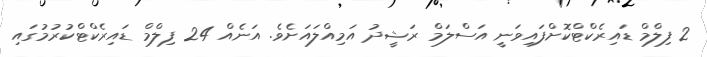
2 ފިލްމް ޑައިރެކްޓްކޮށްފައިވަނީ އަސްލަމް ރަޝީދު އަމިއްލައަށެވެ. އަނެއް 24 ފިލްމް ޑައިރެކްޓްކުރުމުގައި